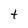
Character: t